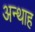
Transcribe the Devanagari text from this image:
अन्‍थाह